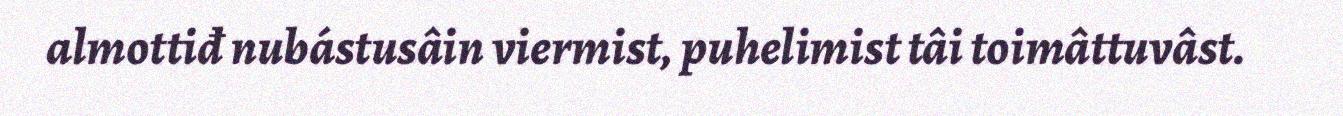
almottiđ nubástusâin viermist, puhelimist tâi toimâttuvâst.